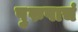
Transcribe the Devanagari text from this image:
पुरुषाचं